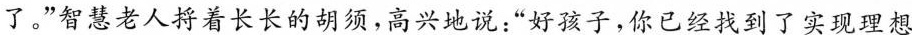
了。”智慧老人捋着长长的胡须，高兴地说：“好孩子，你已经找到了实现理想